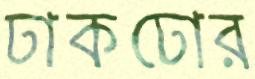
ঢাকঢোর